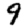
Digit: 9